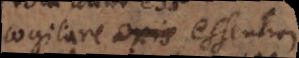
cogitare exis essentiam,